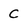
Character: C